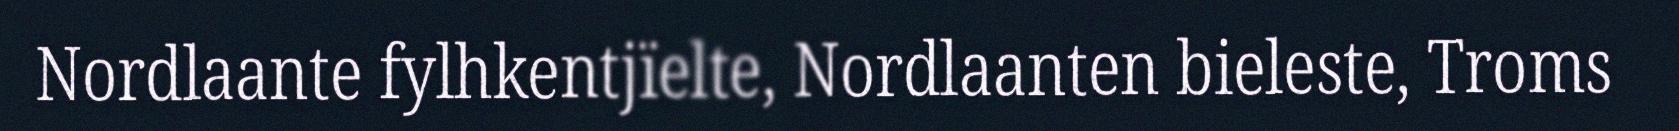
Nordlaante fylhkentjïelte, Nordlaanten bieleste, Troms